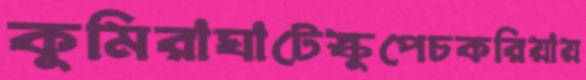
কুমিরাঘাটেস্কুপেচকরিয়ায়